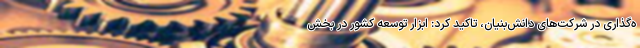
ه‌گذاری در شرکت‌های دانش‌بنیان، تاکید کرد: ابزار توسعه کشور در بخش